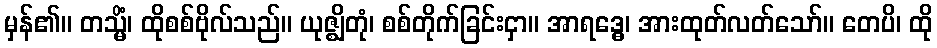
မှန်၏။ တသ္မိံ၊ ထိုစစ်ဗိုလ်သည်။ ယုဇ္ဈိတုံ၊ စစ်တိုက်ခြင်းငှာ။ အာရဒ္ဓေ၊ အားထုတ်လတ်သော်။ တေပိ၊ ထို